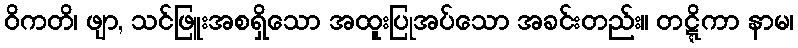
ဝိကတိ၊ ဖျာ, သင်ဖြူးအစရှိသော အထူးပြုအပ်သော အခင်းတည်း။ တဋ္ဋိကာ နာမ၊